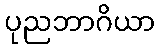
ပုညဘာဂိယာ